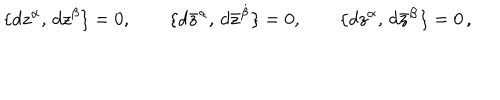
\{ d z ^ { \alpha } , \, d z ^ { \beta } \} = 0 , \qquad \{ d \bar { z } ^ { \dot { \alpha } } , \, d \bar { z } ^ { \dot { \beta } } \} = 0 , \qquad \{ d z ^ { \alpha } , \, d \bar { z } ^ { \dot { \beta } } \} = 0 \, ,